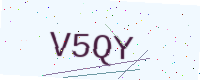
Text: V5QY